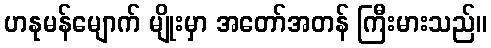
ဟနုမန်မျောက် မျိုးမှာ အတော်အတန် ကြီးမားသည်။